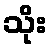
သိုး